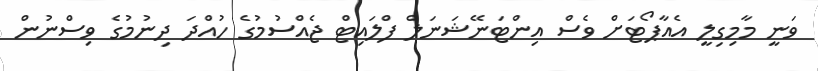
ވަނީ މާމިގިލީ އެއާޕޯޓަށް ވެސް އިންޓަނޭޝަނަލް ފްލައިޓް ޖެއްސުމުގެ ހުއްދަ ދިނުމުގެ ވިސްނުން